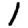
Digit: 1